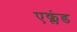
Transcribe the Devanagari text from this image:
एक्लंड